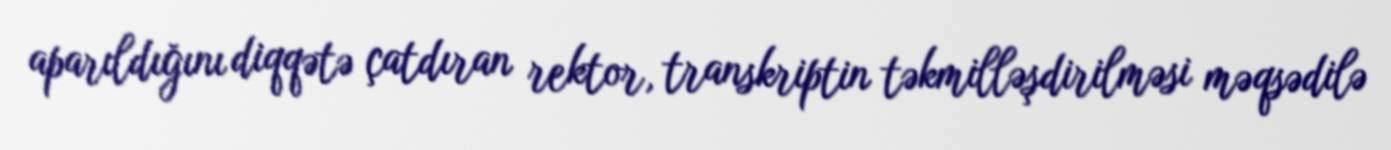
aparıldığını diqqətə çatdıran rektor, transkriptin təkmilləşdirilməsi məqsədilə